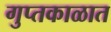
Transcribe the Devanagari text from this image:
गुप्‍तकाळात